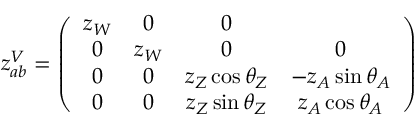
z _ { a b } ^ { V } = \left( \begin{array} { c c c c } { { z _ { W } } } & { { 0 } } & { { 0 } } \\ { { 0 } } & { { z _ { W } } } & { { 0 } } & { { 0 } } \\ { { 0 } } & { { 0 } } & { { z _ { Z } \cos \theta _ { Z } } } & { { - z _ { A } \sin \theta _ { A } } } \\ { { 0 } } & { { 0 } } & { { z _ { Z } \sin \theta _ { Z } } } & { { z _ { A } \cos \theta _ { A } } } \end{array} \right)